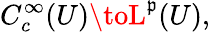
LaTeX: C_{c}^{\infty}(U)\toL^{\mathfrak{p}}(U),